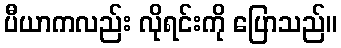
ပီယာကလည်း လိုရင်းကို ပြောသည်။